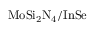
\mathrm { M o S i _ { 2 } N _ { 4 } / I n S e }